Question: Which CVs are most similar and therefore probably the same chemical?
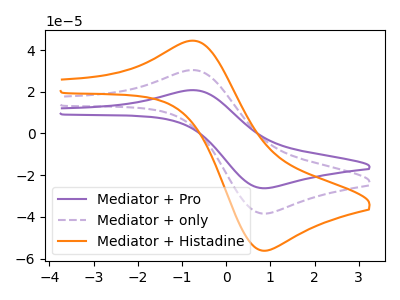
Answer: <think>The purple curve "Mediator + Pro" has an anodic peak at (-0.70V, 60.70uA) and a cathodic peak at (0.85V, -76.80uA). The purple dashed curve "Mediator + only" has an anodic peak at (-0.70V, 30.35uA) and a cathodic peak at (0.85V, -38.40uA). The orange curve "Mediator + Histadine" has an anodic peak at (-0.70V, 44.40uA) and a cathodic peak at (0.85V, -56.20uA).
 All the peaks in "Mediator + Pro" have a peak in "Mediator + only" at the same potential. Every peak in "Mediator + Pro" is higher than every peak in "Mediator + only". All the peaks in "Mediator + Pro" have a peak in "Mediator + Histadine" at the same potential. Every peak in "Mediator + Pro" is higher than every peak in "Mediator + Histadine". All the peaks in "Mediator + only" have a peak in "Mediator + Histadine" at the same potential. Every peak in "Mediator + only" is lower than every peak in "Mediator + Histadine".</think>
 <answer>"Mediator + Histadine", "Mediator + Pro" and "Mediator + only" have the same shape and are likely CV's of the same chemical.</answer>
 <eval>"Mediator + Histadine" "Mediator + Pro" "Mediator + only"</eval>